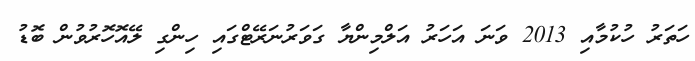
ހަތަރު ހުކުމާއި 2013 ވަނަ އަހަރު އަލްމިންޔާ ގަވަރުނަރޭޓްގައި ހިންގި ލޭއޮހޮރުވުން ބޮޑު